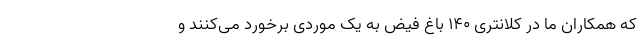
که همکاران ما در کلانتری ۱۴۰ باغ فیض به یک موردی برخورد می‌کنند و